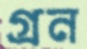
গ্রন